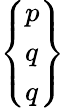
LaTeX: \left\{ {\begin{array}{l}{p}\\ {q}\\ {q}\end{array}}\right\}